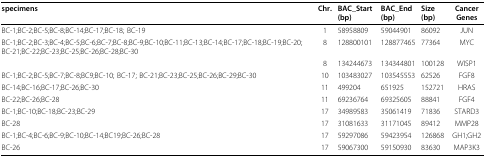
<table><thead><tr><td><b>specimens</b></td><td><b>Chr.</b></td><td><b>BAC_Start (bp)</b></td><td><b>BAC_End (bp)</b></td><td><b>Size (bp)</b></td><td><b>Cancer Genes</b></td></tr></thead><tbody><tr><td>BC-1;BC-2;BC-5;BC-8;BC-14;BC-17;BC-18; BC-19</td><td>1</td><td>58958809</td><td>59044901</td><td>86092</td><td>JUN</td></tr><tr><td>BC-1;BC-2;BC-3;BC-4;BC-5;BC-6;BC-7;BC-8;BC-9;BC-10;BC-11;BC-13;BC-14;BC-17;BC-18;BC-19;BC-20;BC-21;BC-22;BC-23;BC-25;BC-26;BC-28;BC-30</td><td>8</td><td>128800101</td><td>128877465</td><td>77364</td><td>MYC</td></tr><tr><td></td><td>8</td><td>134244673</td><td>134344801</td><td>100128</td><td>WISP1</td></tr><tr><td>BC-1;BC-2;BC-5;BC-7;BC-8;BC9;BC-10; BC-17; BC-21;BC-23;BC-25;BC-26;BC-29;BC-30</td><td>10</td><td>103483027</td><td>103545553</td><td>62526</td><td>FGF8</td></tr><tr><td>BC-14;BC-16;BC-17;BC-26;BC-30</td><td>11</td><td>499204</td><td>651925</td><td>152721</td><td>HRAS</td></tr><tr><td>BC-22;BC-26;BC-28</td><td>11</td><td>69236764</td><td>69325605</td><td>88841</td><td>FGF4</td></tr><tr><td>BC-1;BC-10;BC-18;BC-23;BC-29</td><td>17</td><td>34989583</td><td>35061419</td><td>71836</td><td>STARD3</td></tr><tr><td>BC-28</td><td>17</td><td>31081633</td><td>31171045</td><td>89412</td><td>MMP28</td></tr><tr><td>BC-1;BC-4;BC-6;BC-9;BC-10;BC-14;BC19;BC-26;BC-28</td><td>17</td><td>59297086</td><td>59423954</td><td>126868</td><td>GH1;GH2</td></tr><tr><td>BC-26</td><td>17</td><td>59067300</td><td>59150930</td><td>83630</td><td>MAP3K3</td></tr></tbody></table>